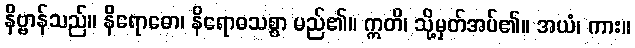
နိဗ္ဗာန်သည်။ နိရောဓော၊ နိရောဓသစ္စာ မည်၏။ ဣတိ၊ သို့မှတ်အပ်၏။ အယံ၊ ကား။